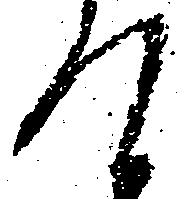
て